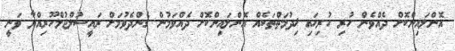
އޮންލައިންކޮށް ދެއްވެން ހުރި ހުރިހައި ޚިދުމަތްތަކެއް އޮންލައިންކޮށް ދެއްވަމުން ގެންދެވުމަށް ރައީސުލްޖުމްހޫރިއްޔާ ވަނީ